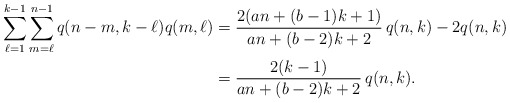
\begin{align*} \sum_{\ell=1}^{k-1}\sum_{m=\ell}^{n-1} q(n-m,k-\ell)q(m,\ell) &= \frac{2(an+(b-1)k+1)}{an+(b-2)k+2}\,q(n,k) - 2q(n,k) \\ &= \frac{2(k-1)}{an+(b-2)k+2}\,q(n,k).\end{align*}